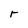
Character: r